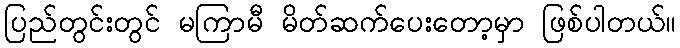
ပြည်တွင်းတွင် မကြာမီ မိတ်ဆက်ပေးတော့မှာ ဖြစ်ပါတယ်။